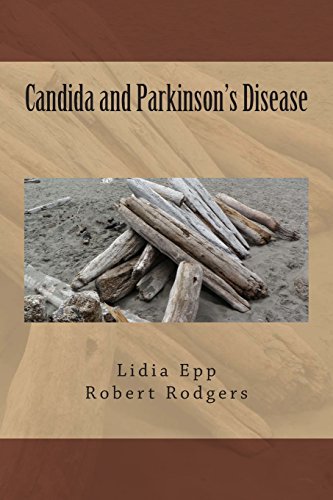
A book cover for Candida and Parkinson's Disease; Lidia M. Epp; Health, Fitness & Dieting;